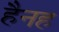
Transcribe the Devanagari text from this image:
हैनह